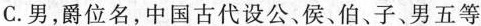
C.男，爵位名，中国古代设公、侯、伯、子、男五等